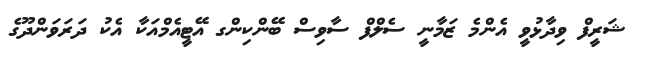
ޝަރީފް ވިދާޅުވީ އެންމެ ޒަމާނީ ސެލްފް ސާވިސް ބޭންކިންގ އޭޓީއެމްއަކާ އެކު ދަރަވަންދޫގެ